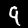
Label: 9